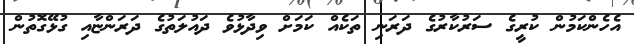
އެހެންކަމުން ކުރީގެ ސަރުކާރުގެ ދަރަނި ތަކެއް ކަމަށް ވިދާޅުވެ ދައުލަތުގެ ދަރަންޏާއި ގުޅޭގޮތުން